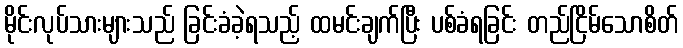
မိုင်းလုပ်သားများသည် ခြင်းခံခဲ့ရသည့် ထမင်းချက်ပြီး ပစ်ခံရခြင်း တည်ငြိမ်သောစိတ်